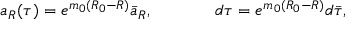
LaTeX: a _ { R } ( \tau ) = e ^ { m _ { 0 } ( R _ { 0 } - R ) } \bar { a } _ { R } , \ \ \ \ \ \ \ \ \ \ \ d \tau = e ^ { m _ { 0 } ( R _ { 0 } - R ) } d \bar { \tau } ,